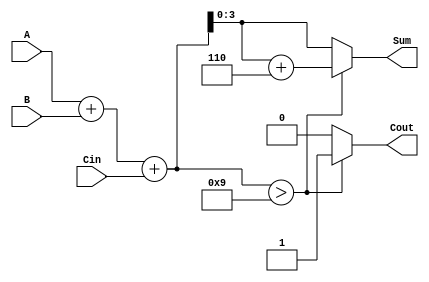
module BCD_Conditional_Adder (
    input  [3:0] A,      // First BCD digit
    input  [3:0] B,      // Second BCD digit
    input        Cin,     // Carry-in
    output reg [3:0] Sum, // BCD Sum output
    output reg Cout       // Carry-out
);

    wire [4:0] binary_sum; // 5-bit to accommodate carry
    wire [4:0] adjusted_sum; // Adjusted sum if needed

    // Step 1: Binary Addition
    assign binary_sum = A + B + Cin;

    // Step 2: Check for BCD validity and adjust if necessary
    always @(*) begin
        if (binary_sum > 9) begin
            // If the sum is greater than 9, add 6 to adjust
            Sum = binary_sum + 5'd6; // 5'd6 is used to ensure proper width
            Cout = 1; // Set carry-out
        end else begin
            Sum = binary_sum[3:0]; // Take the lower 4 bits
            Cout = 0; // No carry-out
        end
    end

endmodule